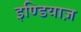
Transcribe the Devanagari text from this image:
इण्डियाज़